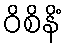
ဝိစိနိံ